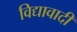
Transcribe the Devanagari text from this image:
विद्यावादी